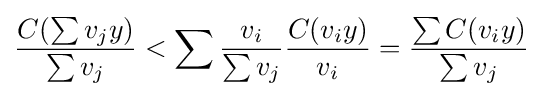
{\frac {C(\sum v_{j}y)}{\sum v_{j}}}<\sum {\frac {v_{i}}{\sum v_{j}}}{\frac {C(v_{i}y)}{v_{i}}}={\frac {\sum C(v_{i}y)}{\sum v_{j}}}